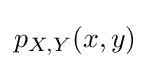
p_{X,Y}(x,y)